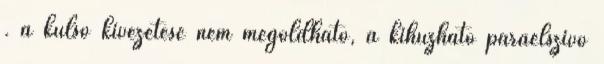
. a külső kivezetése nem megoldható, a kihúzható páraelszívó